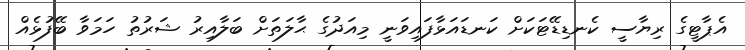
އެޕާޓީގެ ރިޔާސީ ކެނޑިޑޭޓަކަށް ކަނޑައަޅާފައިވަނީ މިއަދުގެ ޙާލަތަށް ބަލާއިރު ޝަރުތު ހަމަވާ ބޭފުޅެއް